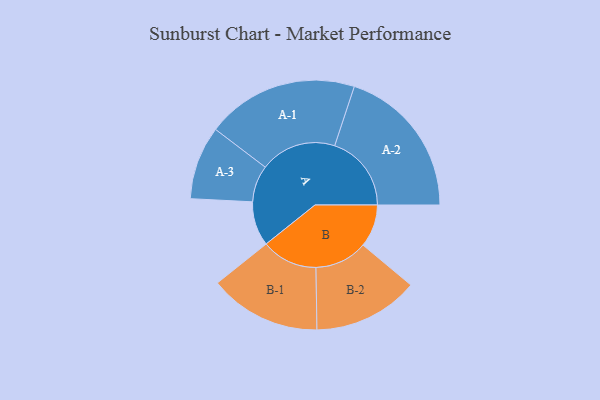
{"axis": {"x": "Segment", "y": "Value"}, "legend": ["", "A", "B"], "data": [{"x": "A", "y": 150, "type": ""}, {"x": "B", "y": 144, "type": ""}, {"x": "A-1", "y": 257, "type": "A"}, {"x": "A-2", "y": 259, "type": "A"}, {"x": "A-3", "y": 124, "type": "A"}, {"x": "B-1", "y": 189, "type": "B"}, {"x": "B-2", "y": 178, "type": "B"}]}